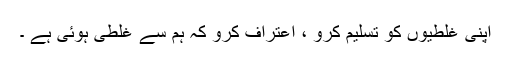
اپنی غلطیوں کو تسلیم کرو ، اعتراف کرو کہ ہم سے غلطی ہوئی ہے ۔